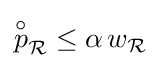
{\textstyle {\overset {\circ }{p}}_{\mathcal {R}}\leq \alpha \,w_{\mathcal {R}}}